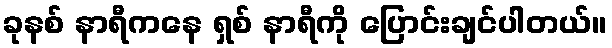
ခုနစ် နာရီကနေ ရှစ် နာရီကို ပြောင်းချင်ပါတယ်။